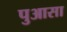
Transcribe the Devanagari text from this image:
पुआसा